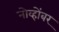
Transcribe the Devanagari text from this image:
नोव्होंबर